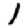
Digit: 1